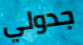
جدولي